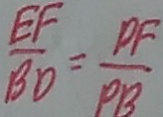
\frac { E F } { B D } = \frac { D F } { P B }